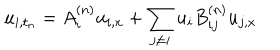
u _ { i , t _ { n } } = A _ { i } ^ { ( n ) } u _ { i , x } + \sum _ { j \neq i } u _ { i } B _ { i j } ^ { ( n ) } u _ { j , x }